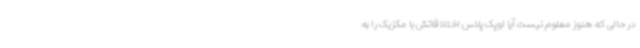
در حالی که هنوز معلوم نیست آیا اوپک پلاس اختلافاتش با مکزیک را به